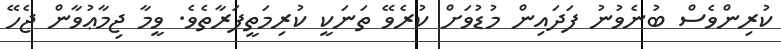
ކުރިންވެސް ބުނެވުނު ފަދައިން މުޑުވަށް ކުރެވޭ ތަނަކީ ކުރިމަތީފަރާތެވެ. ވީމާ ޖިމާޢުވާން ޖެހޭ